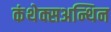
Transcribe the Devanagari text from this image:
कंथेक्सअन्थिन